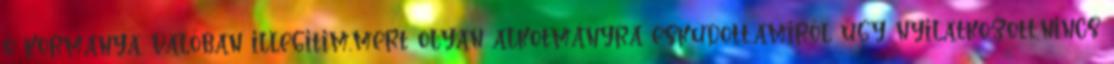
ő kormánya valóban illegitim,mert olyan alkotmányra esküdött,amiről úgy nyilatkozott,nincs